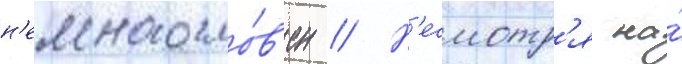
н'емногосло́в'ен // Н'есмотр'я на́